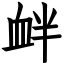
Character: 衅